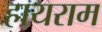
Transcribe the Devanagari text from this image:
हायराम